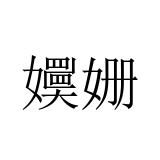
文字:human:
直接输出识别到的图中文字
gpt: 嬽姗